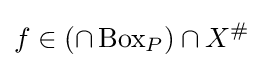
f\in \left(\cap \operatorname {Box} _{P}\right)\cap X^{\#}